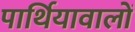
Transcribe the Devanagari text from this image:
पार्थियावालों